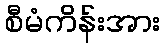
စီမံကိန်းအား